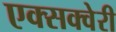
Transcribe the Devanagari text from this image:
एक्सक्वेरी